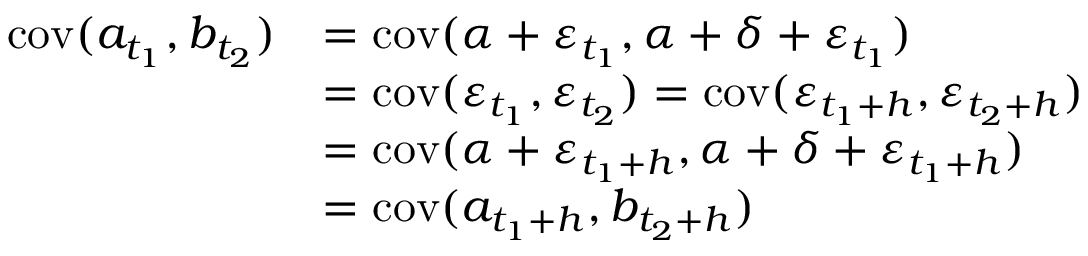
\begin{array} { r l } { \mathrm { c o v } ( a _ { t _ { 1 } } , b _ { t _ { 2 } } ) } & { = \mathrm { c o v } ( \alpha + \varepsilon _ { t _ { 1 } } , \alpha + \delta + \varepsilon _ { t _ { 1 } } ) } \\ & { = \mathrm { c o v } ( \varepsilon _ { t _ { 1 } } , \varepsilon _ { t _ { 2 } } ) = \mathrm { c o v } ( \varepsilon _ { t _ { 1 } + h } , \varepsilon _ { t _ { 2 } + h } ) } \\ & { = \mathrm { c o v } ( \alpha + \varepsilon _ { t _ { 1 } + h } , \alpha + \delta + \varepsilon _ { t _ { 1 } + h } ) } \\ & { = \mathrm { c o v } ( a _ { t _ { 1 } + h } , b _ { t _ { 2 } + h } ) } \end{array}